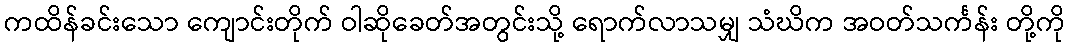
ကထိန်ခင်းသော ကျောင်းတိုက် ဝါဆိုခေတ်အတွင်းသို့ ရောက်လာသမျှ သံဃိက အဝတ်သင်္ကန်း တို့ကို